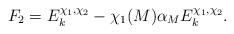
LaTeX: \begin{align*}F_2=E_k^{\chi_1,\chi_2}-\chi_1(M)\alpha_ME_k^{\chi_1,\chi_2}.\end{align*}